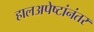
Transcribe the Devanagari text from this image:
हालअपेष्टांनंतर